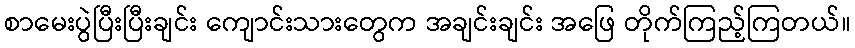
စာမေးပွဲပြီးပြီးချင်း ကျောင်းသားတွေက အချင်းချင်း အဖြေ တိုက်ကြည့်ကြတယ်။